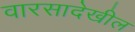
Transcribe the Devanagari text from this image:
वारसादेखील